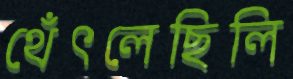
থেঁৎলেছিলি